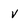
Character: v